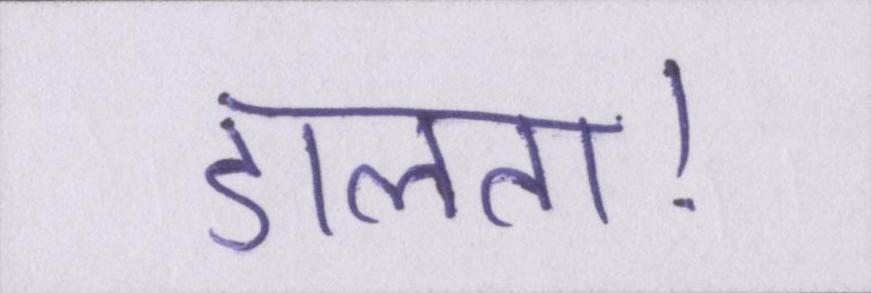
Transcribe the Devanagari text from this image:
डालता।